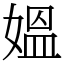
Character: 媼